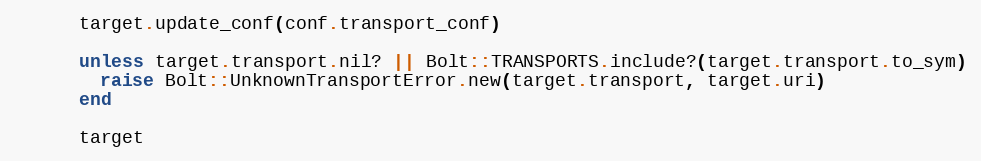
Language: Ruby
      target.update_conf(conf.transport_conf)

      unless target.transport.nil? || Bolt::TRANSPORTS.include?(target.transport.to_sym)
        raise Bolt::UnknownTransportError.new(target.transport, target.uri)
      end

      target